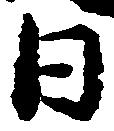
日